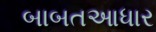
બાબતઆધાર